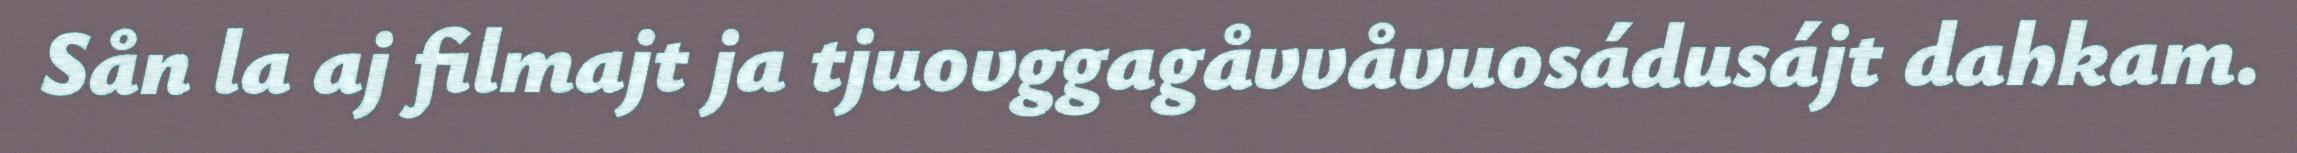
Sån la aj filmajt ja tjuovggagåvvåvuosádusájt dahkam.